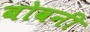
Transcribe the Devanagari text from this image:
बोवनी